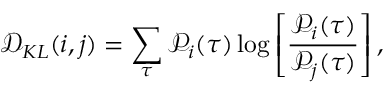
\mathcal { D } _ { K L } ( i , j ) = \sum _ { \tau } \mathcal { P } _ { i } ( \tau ) \log \left[ { \frac { \mathcal { P } _ { i } ( \tau ) } { \mathcal { P } _ { j } ( \tau ) } } \right] ,